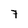
Character: 7